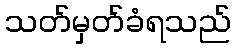
သတ်မှတ်ခံရသည်